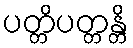
ပတ္တိပတ္တန္တိ